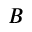
B